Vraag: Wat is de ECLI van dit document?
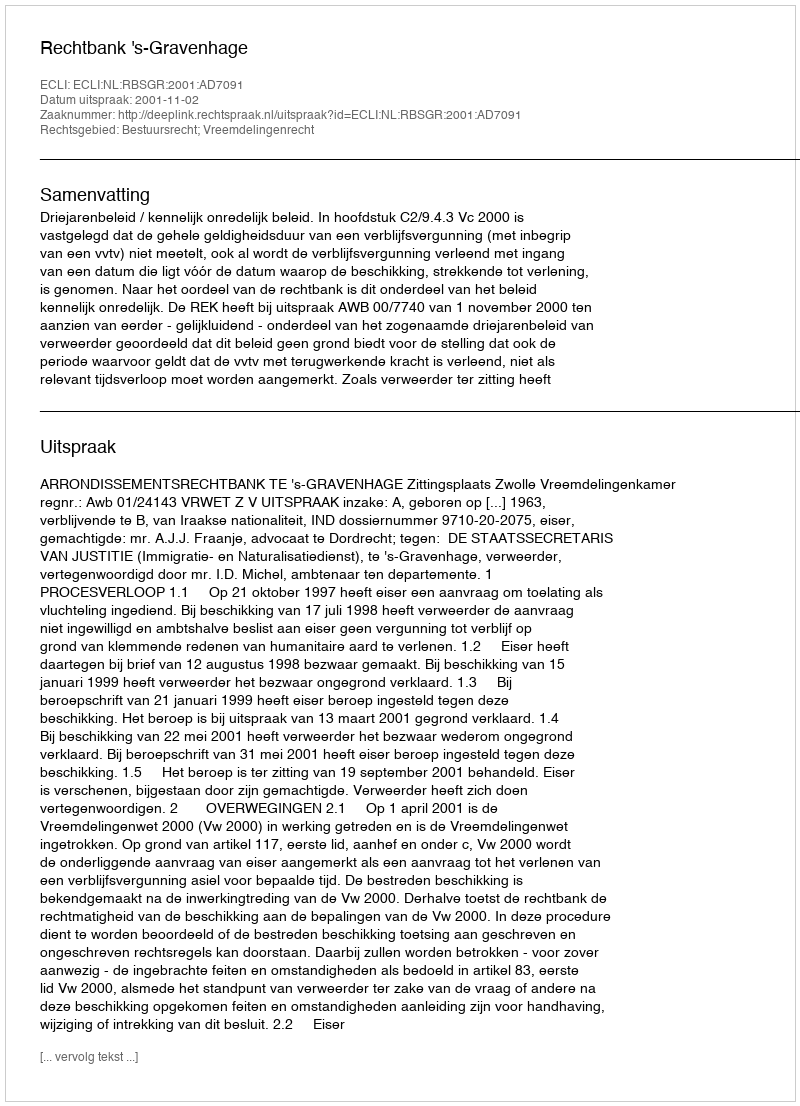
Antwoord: ECLI:NL:RBSGR:2001:AD7091